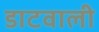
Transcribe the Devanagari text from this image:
डाटवाली